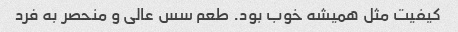
کیفیت مثل همیشه خوب بود. طعم سس عالی و منحصر به فرد